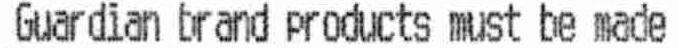
GUARDIAN BRAND PRODUCTS MUST BE MADE